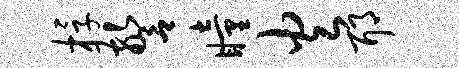
桴警瞳火耶